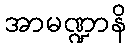
အာမဏ္ဍာနိ